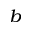
^ b